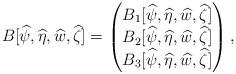
LaTeX: \begin{align*}B[\widehat \psi, \widehat \eta, \widehat w, \widehat \zeta] = \begin{pmatrix} B_1 [\widehat \psi, \widehat \eta, \widehat w, \widehat \zeta] \\B_2 [\widehat \psi, \widehat \eta, \widehat w, \widehat \zeta] \\B_3 [\widehat \psi, \widehat \eta, \widehat w, \widehat \zeta] \end{pmatrix},\end{align*}